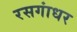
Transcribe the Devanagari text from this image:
रसगांधर